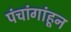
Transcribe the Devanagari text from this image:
पंचांगांहून